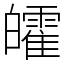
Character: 皬